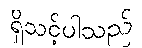
ရှိသင့်ပါသည်